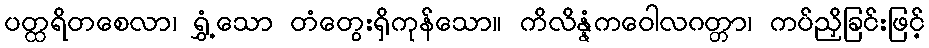
ပတ္ထရိတစေလာ၊ ရွှံ့သော တံတွေးရှိကုန်သော။ ကိလိန္နံကဝေါလဂတ္တာ၊ ကပ်ညှိခြင်းဖြင့်